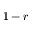
1 - r